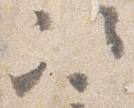
次